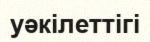
уәкілеттігі